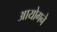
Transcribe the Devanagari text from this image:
आयोगने